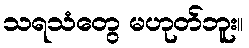
သရသံတွေ မဟုတ်ဘူး။